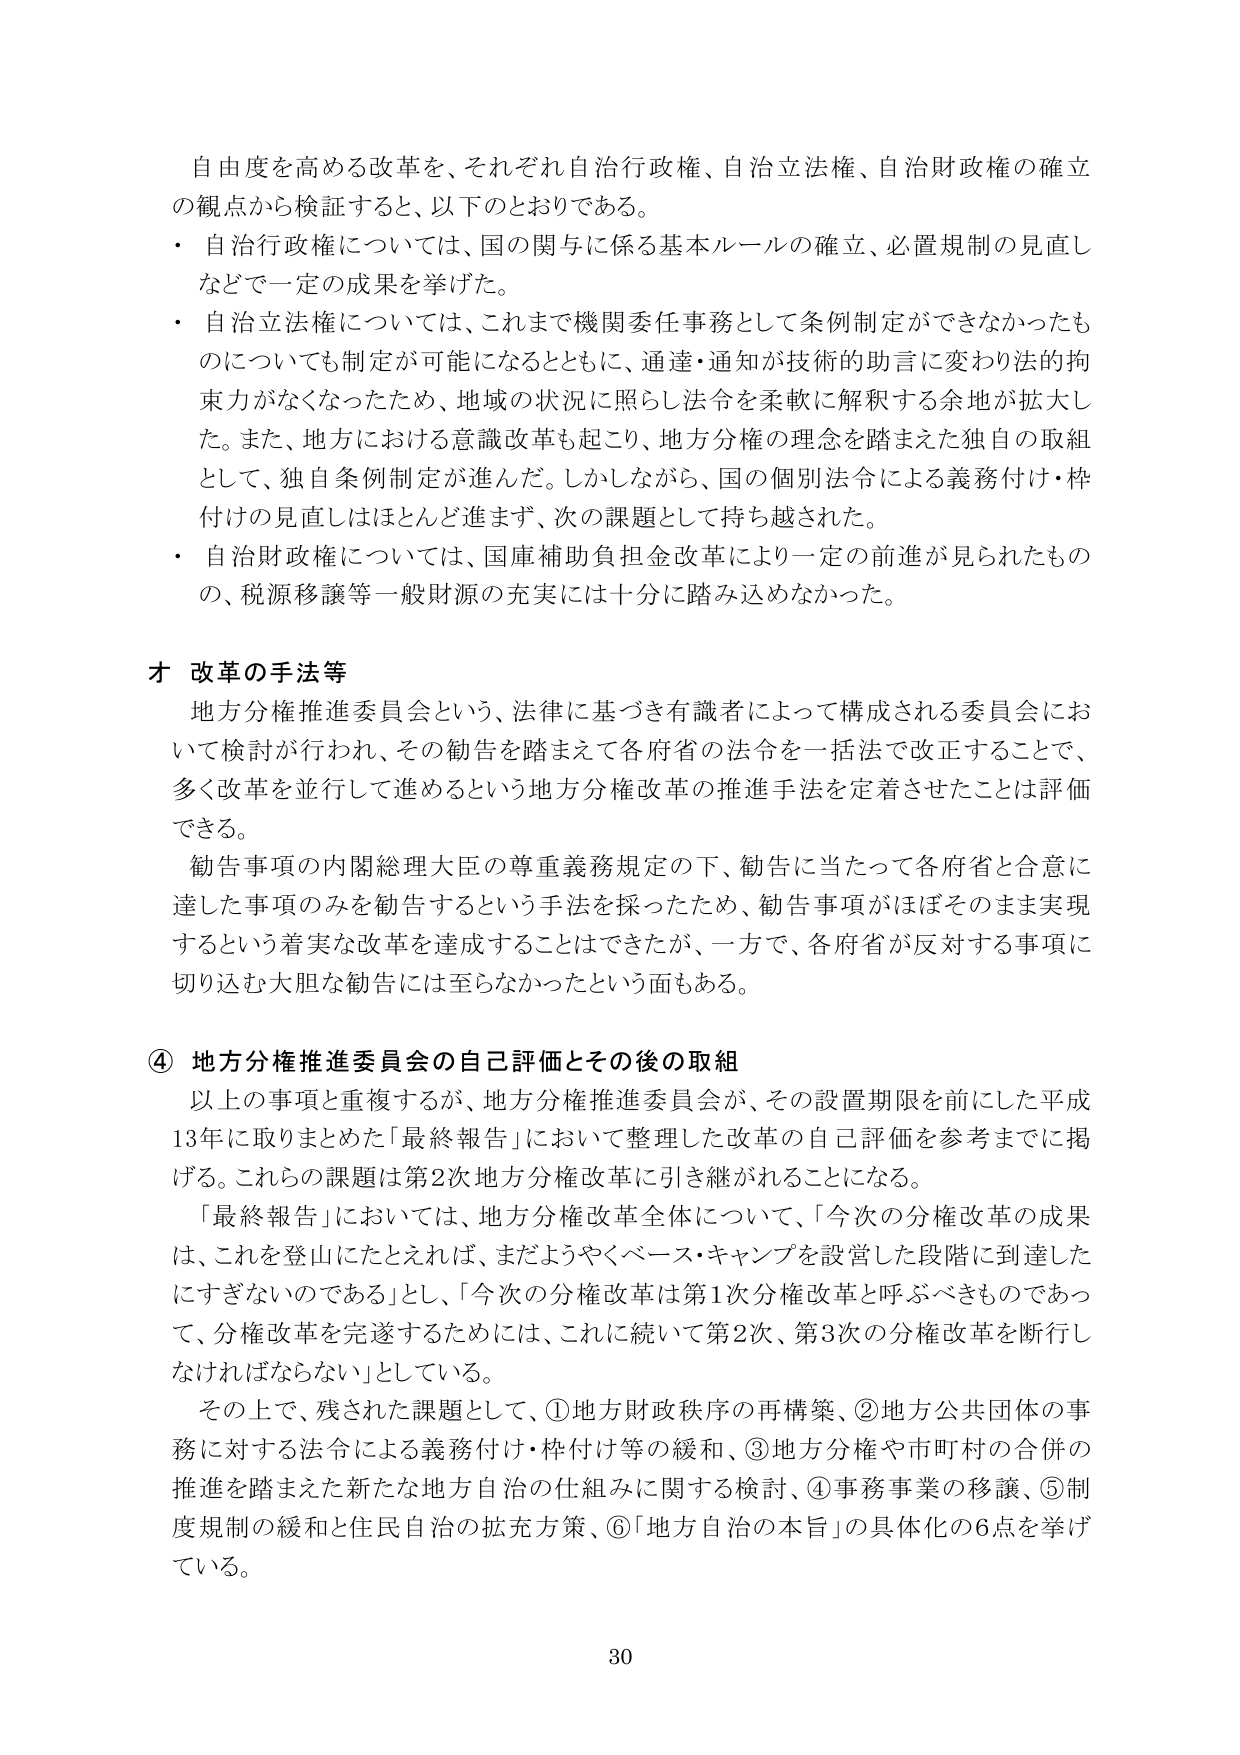
自由度を高める改革を、それぞれ自治行政権、自治立法権、自治財政権の確立の観点から検証すると、以下のとおりである。

・ 自治行政権については、国の関与に係る基本ルールの確立、必置規制の見直しなどで一定の成果を挙げた。

・ 自治立法権については、これまで機関委任事務として条例制定ができなかったものについても制定が可能になるとともに、通達・通知が技術的助言に変わり法的拘束力がなくなったため、地域の状況に照らし法令を柔軟に解釈する余地が拡大した。また、地方における意識改革も起こり、地方分権の理念を踏まえた独自の取組として、独自条例制定が進んだ。しかしながら、国の個別法令による義務付け・枠付けの見直しはほとんど進まず、次の課題として持ち越された。

・ 自治財政権については、国庫補助負担金改革により一定の前進が見られたものの、税源移譲等一般財源の充実には十分に踏み込めなかった。

才 改革の手法等

地方分権推進委員会という、法律に基づき有識者によって構成される委員会において検討が行われ、その勧告を踏まえて各府省の法令を一括法で改正することで、多く改革を並行して進めるという地方分権改革の推進手法を定着させたことは評価できる。

勧告事項の内閣総理大臣の尊重義務規定の下、勧告に当たって各府省と合意に達した事項のみを勧告するという手法を採ったため、勧告事項がほぼそのまま実現するという着実な改革を達成することはできたが、一方で、各府省が反対する事項に切り込む大胆な勧告には至らなかったという面もある。

④ 地方分権推進委員会の自己評価とその後の取組

以上の事項と重複するが、地方分権推進委員会が、その設置期限を前にした平成13年に取りまとめた「最終報告」において整理した改革の自己評価を参考までに掲げる。これらの課題は第2次地方分権改革に引き継がれることになる。

「最終報告」においては、地方分権改革全体について、「今次の分権改革の成果は、これを登山にたとえれば、まだようやくベース・キャンプを設営した段階に到達したにすぎないのである」とし、「今次の分権改革は第1次分権改革と呼ぶべきものであって、分権改革を完遂するためには、これに続いて第2次、第3次の分権改革を断行しなければならない」としている。

その上で、残された課題として、①地方財政秩序の再構築、②地方公共団体の事務に対する法令による義務付け・枠付け等の緩和、③地方分権や市町村の合併の推進を踏まえた新たな地方自治の仕組みに関する検討、④事務事業の移譲、⑤制度規制の緩和と住民自治の拡充方策、⑥「地方自治の本旨」の具体化の6点を挙げている。

30